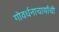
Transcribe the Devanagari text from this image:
गोवर्धनाचार्यांची